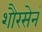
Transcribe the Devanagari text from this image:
शौरसेनं